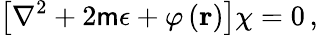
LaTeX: \left[\nabla^{2}+2\mathsf{m}\epsilon+\varphi\left({\mathbf{r}}\right)\right]\chi=0\, ,